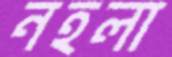
নহলা